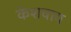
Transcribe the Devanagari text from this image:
केशवाय